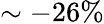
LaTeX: \sim-26\%